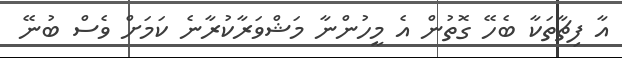
އާ ފިޗާތަކާ ބެހޭ ގޮތުން އެ މީހުންނާ މަޝްވަރާކުރާނެ ކަމަށް ވެސް ބުނޭ